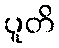
ပူတိ